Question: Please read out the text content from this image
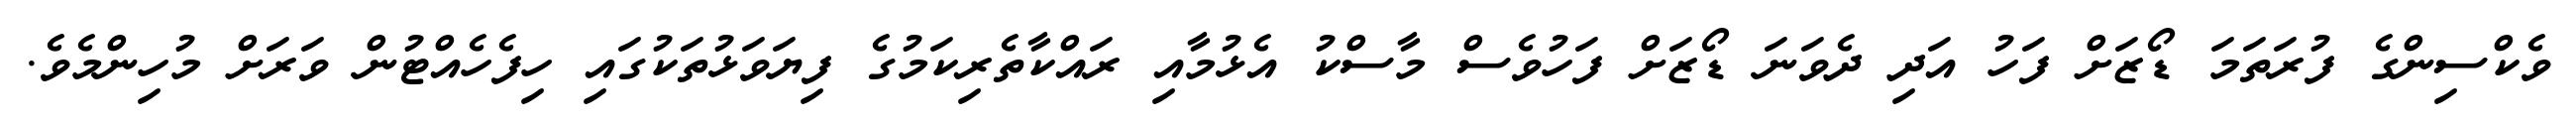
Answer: ވެކްސިންގެ ފުރަތަމަ ޑޯޒަށް ފަހު އަދި ދެވަނަ ޑޯޒަށް ފަހުވެސް މާސްކު އެޅުމާއި ރައްކާތެރިކަމުގެ ފިޔަވަޅުތަކުގައި ހިފެހެއްޓުން ވަރަށް މުހިންމެވެ.